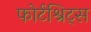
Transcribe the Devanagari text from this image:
फोर्टश्रिट्स